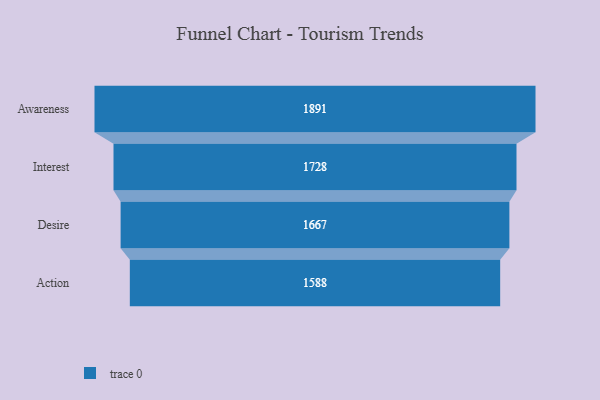
{"axis": {"x": "Stage", "y": "Value"}, "legend": [""], "data": [{"x": "Awareness", "y": 1891.0, "type": ""}, {"x": "Interest", "y": 1728.0, "type": ""}, {"x": "Desire", "y": 1667.0, "type": ""}, {"x": "Action", "y": 1588.0, "type": ""}]}